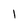
Character: l